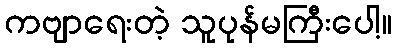
ကဗျာရေးတဲ့ သူပုန်မကြီးပေါ့။